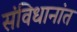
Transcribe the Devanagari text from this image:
संविधानांत